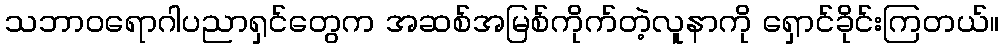
သဘာဝရောဂါပညာရှင်တွေက အဆစ်အမြစ်ကိုက်တဲ့လူနာကို ရှောင်ခိုင်းကြတယ်။